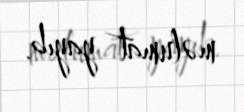
məlumat yayıb.